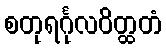
စတုရင်္ဂုလဝိတ္ထတံ